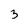
Character: 3